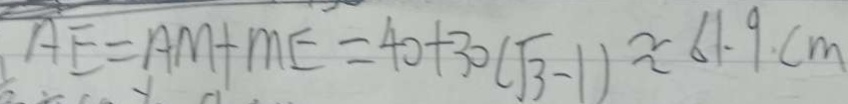
A E = A M + M E = 4 0 + 3 0 ( \sqrt { 3 } - 1 ) \approx 6 1 . 9 c m